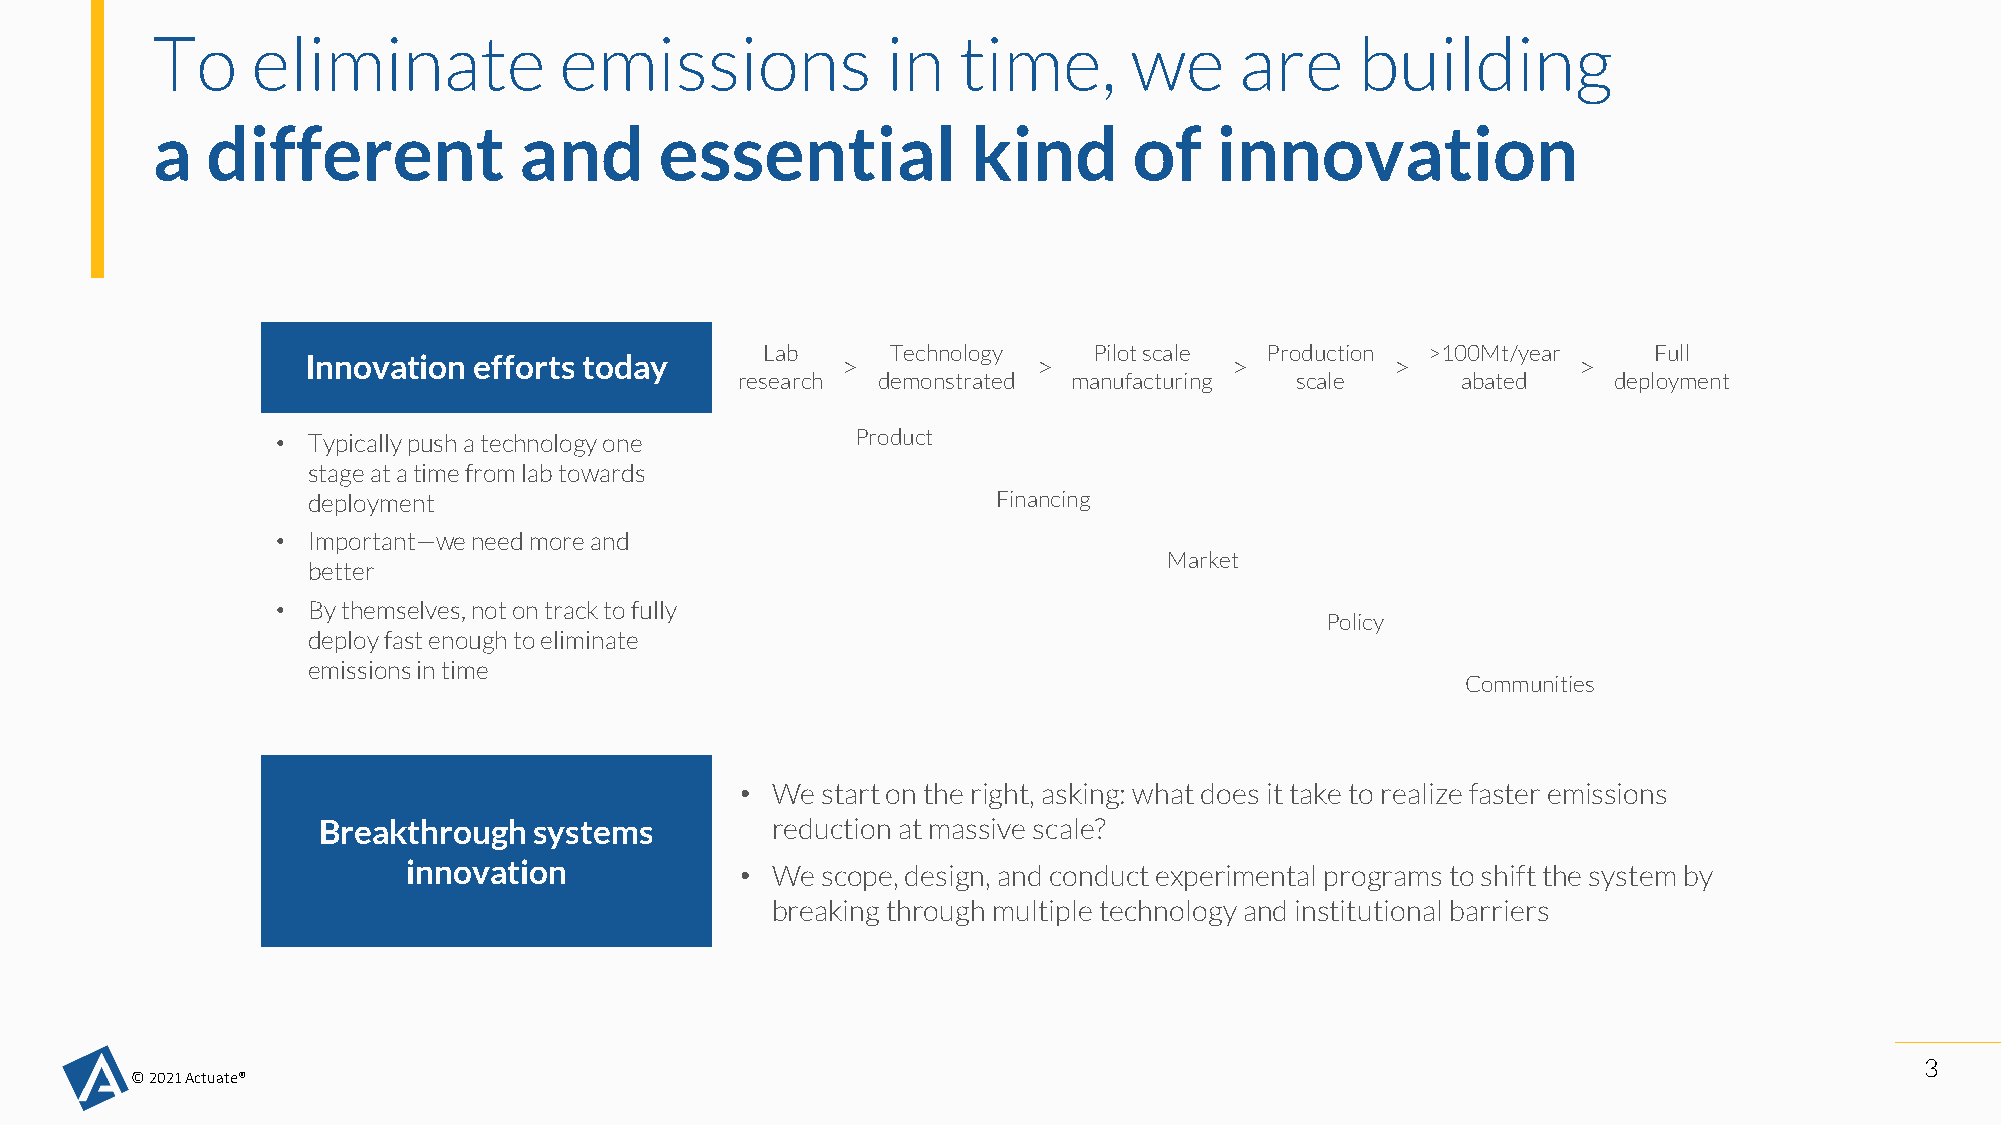
To     eliminate           emissions             in  time,       we     are     building
 a   different           and       essential           kind       of   innovation
 Lab      Technology   Pilot scale Production >100Mt/year   Full
 Innovation efforts today            >            >           >          >           >
 research demonstrated manufacturing  scale      abated    deployment
 • Typically push a technology one      Product
 stage at a time from lab towards
 deployment                                    Financing
 • Important—we need more and
 Market
 better
 • By themselves, not on track to fully
 Policy
 deploy fast enough to eliminate
 emissions in time
 Communities
 • We start on the right, asking: what does it take to realize faster emissions
 Breakthrough  systems         reduction at massive scale?
 innovation            • We scope, design, and conduct experimental programs to shift the system by
 breaking through multiple technology and institutional barriers
 3
 © 2021 Actuate®